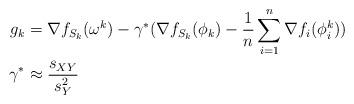
LaTeX: \begin{align*}\begin{aligned}g_k&=\nabla f_{S_k}(\omega^k)-\gamma^* (\nabla f_{S_k}(\phi_k)- \frac{1}{n}\sum_{i=1}^{n}\nabla f_i(\phi_i^k))\\ \gamma^*&\approx \frac{s_{XY}}{s_Y^2}\end{aligned}\end{align*}